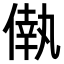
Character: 𠌷